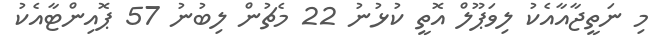
މި ނަތީޖާއާއެކު ލިވަޕޫލް އޮތީ ކުޅުނު 22 މެޗުން ލިބުނު 57 ޕޮއިންޓާއެކު